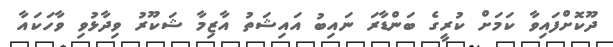
ދޫކޮށްފައިވާ ކަމަށް ކުރީގެ ބަންޑާރަ ނައިބު އައިޝަތު އާޒިމާ ޝަކޫރު ވިދާޅުވި ވާހަކައާ